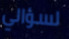
لسؤالي